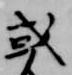
或